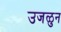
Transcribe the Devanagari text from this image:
उजळुन